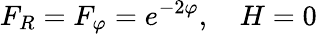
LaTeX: F_{R}=F_{\varphi}=e^{-2\varphi},\quad H=0